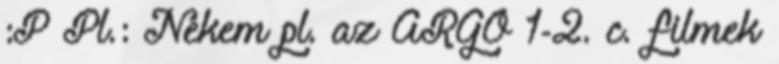
:P Pl.: Nekem pl. az ARGO 1-2. c. filmek